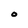
Character: O